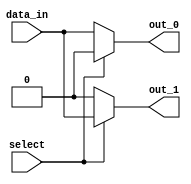
module demux_1to2 (
    input wire data_in,
    input wire select,
    output reg out_0,
    output reg out_1
);

always @ (data_in, select)
begin
    if (select)
    begin
        out_0 = 0;
        out_1 = data_in;
    end
    else
    begin
        out_0 = data_in;
        out_1 = 0;
    end
end

endmodule